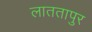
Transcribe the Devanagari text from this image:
लाततापुर